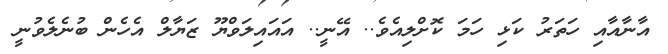
އާނާއާއި ހަތަރު ކަޅި ހަމަ ކޮށްލިއެވެ.. އޭނީ.. އައައިލަވްޔޫ ޒަޔާލް އެހެން ބުނެލެވުނީ